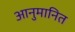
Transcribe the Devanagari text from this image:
आनुमानित